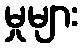
မှုများ